Indian journal of veterinary science and animal husbandry - Volumes 15-17, 1948-1951
Year: 1948
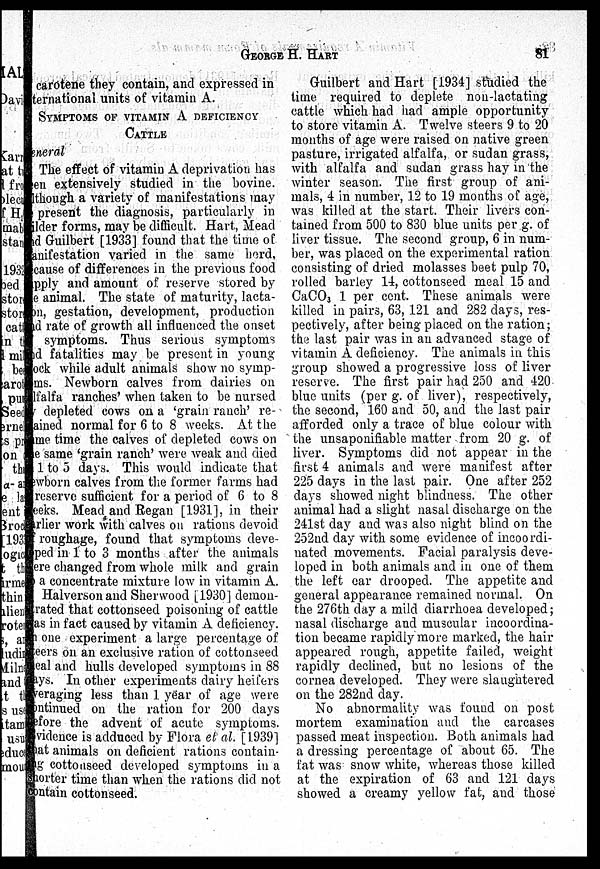
GEORGE
H.
HART
81
carotene they contain, and expressed in
ternational units of vitamin A.
SYMPTOMS OF VITAMIN A DEFICIENCY
CATTLE
General
The effect of vitamin A deprivation has
been extensively studied in the bovine.
Although a variety of manifestations may
be present the diagnosis, particularly in
ilder forms, may be difficult. Hart, Mead
and Guilbert [1933] found that the time of
manifestation varied in the same herd,
because of differences in the previous food
supply and amount of reserve stored by
e animal. The state of maturity, lacta-
tion, gestation, development, production
and rate of growth all influenced the onset
symptoms. Thus serious symptoms
and fatalities may be present in young
ock while adult animals show no symp-
toms. Newborn calves from dairies on
lfalfa ranches' when taken to be nursed
depleted cows on a 'grain ranch' re-
-ained normal for 6 to 8 weeks. At the
same time the calves of depleted cows on
the same 'grain ranch' were weak and died
1 to 5 days. This would indicate that
newborn calves from the former farms had
reserve sufficient for a period of 6 to 8
weeks. Mead and Regan [1931], in their
earlier work with calves on rations devoid
of roughage, found that symptoms deve-
loped in 1 to 3 months after the animals
were changed from whole milk and grain
to a concentrate mixture low in vitamin A.
Halverson and Sherwood [1930] demon-
strated that cottonseed poisoning of cattle
as in fact caused by vitamin A deficiency.
n one experiment a large percentage of
teers on an exclusive ration of cottonseed
eal and hulls developed symptoms in 88
days. In other experiments dairy heifers
averaging less than 1 year of age were
continued on the ration for 200 days
before the advent of acute symptoms,
Evidence is adduced by Flora et al. [1939]
that animals on deficient rations contain-
ing cottonseed developed symptoms in a
shorter time than when the rations did not
contain cottonseed.
Guilbert and Hart [1934] studied the
time required to deplete non-lactating
cattle which had had ample opportunity
to store vitamin A. Twelve steers 9 to 20
months of age were raised on native green
pasture, irrigated alfalfa, or sudan grass,
with alfalfa and sudan grass hay in the
winter season. The first group of ani-
mals, 4 in number, 12 to 19 months of age,
was killed at the start. Their livers con-
tained from 500 to 830 blue units per g. of
liver tissue. The second group, 6 in num-
ber, was placed on the experimental ration
consisting of dried molasses beet pulp 70,
rolled barley 14, cottonseed meal 15 and
CaCO 3 1 per cent. These animals were
killed in pairs, 63, 121 and 282 days, res-
pectively, after being placed on the ration;
the last pair was in an advanced stage of
vitamin A deficiency. The animals in this
group showed a progressive loss of liver
reserve. The first pair had 250 and 420
blue units (per g. of liver), respectively,
the second, 160 and 50, and the last pair
afforded only a trace of blue colour with
the unsaponifiable matter from 20 g. of
liver. Symptoms did not appear in the
first 4 animals and were manifest after
225 days in the last pair. One after 252
days showed night blindness. The other
animal had a slight nasal discharge on the
241st day and was also night blind on the
252nd day with some evidence of incoordi-
nated movements. Facial paralysis deve-
loped in both animals and in one of them
the left ear drooped. The appetite and
general appearance remained normal. On
the 276th day a mild diarrhoea developed;
nasal discharge and muscular incoordina-
tion became rapidly more marked, the hair
appeared rough, appetite failed, weight
rapidly declined, but no lesions of the
cornea developed. They were slaughtered
on the 282nd day.
No abnormality was found on post
mortem examination and the carcases
passed meat inspection. Both animals had
a dressing percentage of about 65. The
fat was snow white, whereas those killed
at the expiration of 63 and 121 days
showed a creamy yellow fat, and those